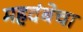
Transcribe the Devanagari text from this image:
महदंबेचा